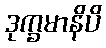
ဒုက္ခမာနိပိ